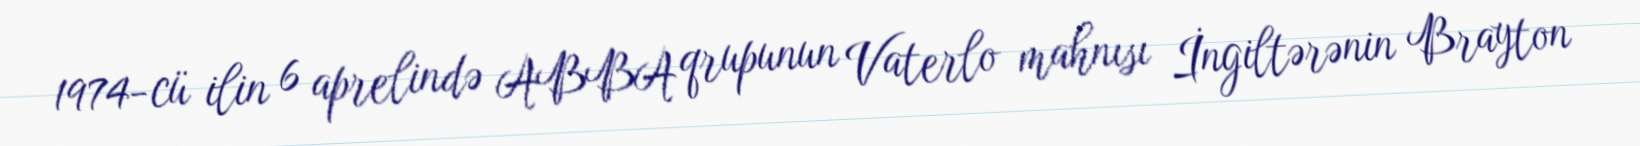
1974-cü ilin 6 aprelində ABBA qrupunun Vaterlo mahnısı İngiltərənin Brayton